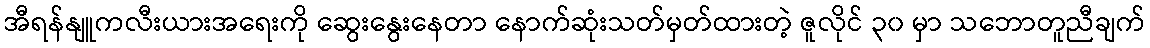
အီရန်နျူကလီးယားအရေးကို ဆွေးနွေးနေတာ နောက်ဆုံးသတ်မှတ်ထားတဲ့ ဇူလိုင် ၃၀ မှာ သဘောတူညီချက်